Scientific memoirs by medical officers of the Army of India - Part V,
Year: 1890
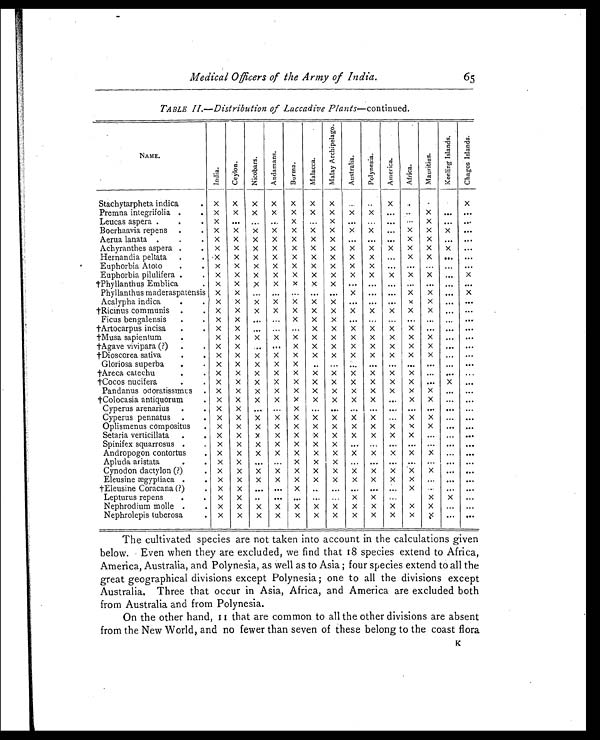
Medical Officers of the Army of India.
65
TABLE II.—Distribution of Laccadive Plants—continued.
NAME.
I n d i a .
C e y l o n .
N i c o b a r s .
A n d a m a n s .
B u r m a .
M a l a c c a .
M a l a y A r c h i p e l a g o .
A u s t r a l i a .
P o l n e s i a .
A m e r i c a .
A f r i c a .
M a u r i t i u s .
K e e l i n g I s l a n d s .
C h a g o s I s l a n d s .
Stachytarpheta indica
.
x x
x
x
x
x
x
...
. .
x
.
.
.
x
Premna integrifolia .
.
x
x
x
x
x
x
x
x
x
... ..
x
...
. . .
Leucas aspera.. .
x
. . .
. . . ...
x
. . .
x
...
. . .
...
...
x
...
. . .
Boerhaavia repens
.
.
x
x
x
x
x
x
x
x
x
...
x
x
x ...
Aerua lanata..
.
x
x
x
x
x
x
x
... . . . ... X
x
...
. . .
Achyranthes aspera .
.
x
x
x
x
x
x
x
x
x
x
x
x
x
...
Hernandia peltata
.
.
x
x
x
x
x
x
x
x
x
...
x
x
...
. . .
Euphorbia Atoto
.
.
x
x
x
x
x
x
x
x
x
... ...
... ...
. . .
Euphorbia pilulifera.
.
x
x
x
x
x
x
x
x
x
x
x
x
... x
†Phyllanthus Emblica
. x
x
x
x
x
x
x
... ... ...
... ... ... ...
Phyllanthus maderaspatensis x
x
...
...
... ... ...
x
... ...
x
x
... x
Acalypha indica.
.
x
x
x
x
x
x
x
... ...
... x
x
... ...
†Ricinus communis. .
x
x
x
x
x
x
x
x
x
x
x
x
... ...
Ficus bengalensis.
.
x
x
. . . ...
x x x
...
. . . ... ... ... ...
. . .
†Artocarpus incisa.
.
x
x
. . .
... . . . x
x
x
x
x
x
...
... . . .
†Musa sapientum.
.
x x
x
x
x
x
x
x
x
x
x
x ...
. . .
†Agave vivipara (?). . x
x
. . . ...
x
x
x
x
x
x
x
x ... ...
†Dioscorea sativa.
.
x
x
x
x
x
x
x
x
x
x
x
x ... ...
Gloriosa superba. .
x x x x x x
. . . ...
. . . ... ... ......
. . .
†Areca catechu.
.
x x
x
x
x
x
x
x
x
x
x
... ... ...
†Cocos nucifera.
.
x
x
x
x
x
x
x
x
x
x
x
...
x
. . .
Pandanus odoratissimus .
x
x
x
x
x
x
x
x
x
x
x
x
... ...
†Colocasia antiquorum
.
x
x
x
x
x
x
x
x
x
...
x
x
... ...
Cyperus arenarius. .
x x
. . . ...
x
. . .
. . . ...
. . . ... ... ... ...
. . .
Cyperus pennatus.
.
x
x
x
x
x
x
x
x
x
... x
x
... ...
Oplismenus compositus
.
x
x
x
x
x
x
x
x
x
x
x
x
...
. . .
Setaria verticillata.
.
x
x
x
x
x
x
x
x
x
x
x
...
... . . .
Spinifex squarrosus .
.
x
x
x
x
x
x
x
...
. . . ...
. . . ......
. . .
Andropogon contortus. .
x
x
x
x
x
x
x
x
x
x
x
x
... ...
Apluda aristata. .
x x
. . . ...
x x x
...
. . . ... ... ......
. . .
Cynodon dactylon (?)
.
x
x
x
x
x
x
x
x
x
x
X
X
...
. . .
Eleusine ægyptiaca .
.
x
x
x
x
x
x
x
x
x
x
x
... ... . . .
†Eleusine Coracana(?)
.
x x
. . . ...
x
. . .
. . . ...
. . . ...
x
......
. . .
Lepturus repens.
.
x x
. . ...
. . .
. . .
. . .
x x
...
x
x
...
Nephrodium molle.
.
x
x
x
x
x
x
x
x
x
x
x
x ... ...
Nephrolepis tuberosa
.
x
x
x
x
x
x
x
x
x
x
x
x
... ...
The cultivated species are not taken into account in the calculations given
below. Even when they are excluded, we find that 18 species extend to Africa,
America, Australia, and Polynesia, as well as to Asia ; four species extend to all the
great geographical divisions except Polynesia ; one to all the divisions except
Australia. Three that occur in Asia, Africa, and America are excluded both
from Australia and from Polynesia.
On the other hand, 11 that are common to all the other divisions are absent
from the New World, and no fewer than seven of these belong to the coast flora
K